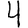
Digit: 4